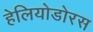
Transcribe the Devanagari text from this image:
हेलियोडोरस